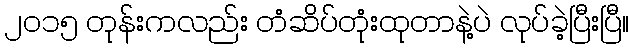
၂၀၁၅ တုန်းကလည်း တံဆိပ်တုံးထုတာနဲ့ပဲ လုပ်ခဲ့ပြီးပြီ။